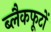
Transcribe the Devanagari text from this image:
ब्लैकफूटों